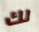
لك